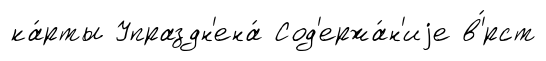
ка́рты Упраздн'ена́ Сод'ержа́н'иjе в'́рст